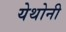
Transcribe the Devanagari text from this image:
येथोनी